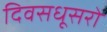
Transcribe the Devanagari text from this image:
दिवसधूसरो